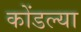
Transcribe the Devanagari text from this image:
कोंडल्या